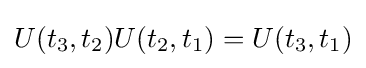
U(t_{3},t_{2})U(t_{2},t_{1})=U(t_{3},t_{1})